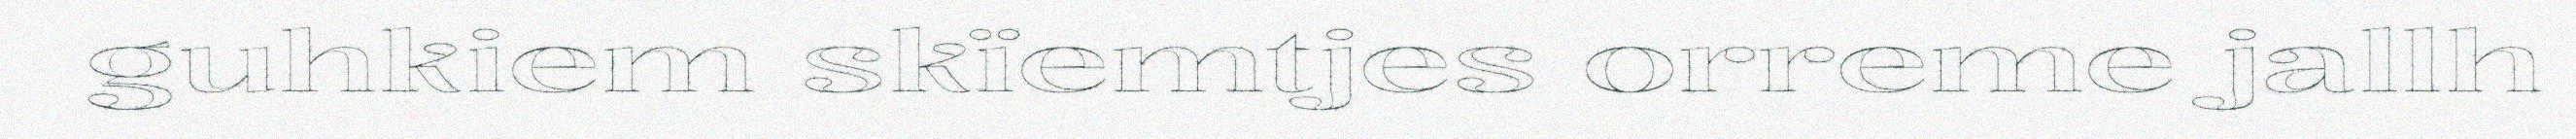
guhkiem skïemtjes orreme jallh